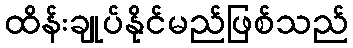
ထိန်းချုပ်နိုင်မည်ဖြစ်သည်